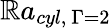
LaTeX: \mathbb{R}a_{cyl,\ \Gamma=2}